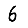
Digit: 6